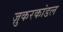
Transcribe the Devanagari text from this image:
ज़ुकरकांडल